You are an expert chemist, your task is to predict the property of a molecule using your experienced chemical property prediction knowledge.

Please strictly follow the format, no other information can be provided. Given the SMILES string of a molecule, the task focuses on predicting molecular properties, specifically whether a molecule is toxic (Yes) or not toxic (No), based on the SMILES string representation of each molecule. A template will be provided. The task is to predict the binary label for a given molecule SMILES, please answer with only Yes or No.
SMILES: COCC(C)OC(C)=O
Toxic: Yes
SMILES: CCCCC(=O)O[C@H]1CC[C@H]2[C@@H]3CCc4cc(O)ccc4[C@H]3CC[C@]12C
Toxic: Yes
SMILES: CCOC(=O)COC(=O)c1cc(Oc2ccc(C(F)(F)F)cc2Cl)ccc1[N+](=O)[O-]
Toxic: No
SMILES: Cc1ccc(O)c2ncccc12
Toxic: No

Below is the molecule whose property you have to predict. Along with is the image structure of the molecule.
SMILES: O=Cc1ccccc1C=O
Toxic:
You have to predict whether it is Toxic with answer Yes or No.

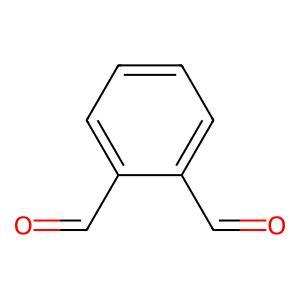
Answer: No